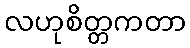
လဟုစိတ္တကတာ